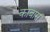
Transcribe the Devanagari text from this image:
काबास